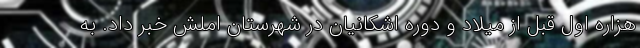
هزاره اول قبل از میلاد و دوره اشکانیان در شهرستان املش خبر داد. به